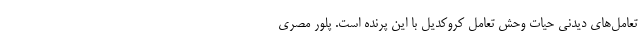
تعامل‌های دیدنی حیات وحش تعامل کروکدیل با این پرنده است. پلور مصری